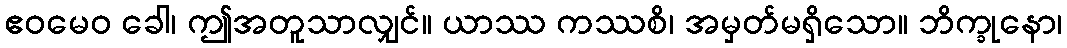
ဧဝမေဝ ခေါ၊ ဤအတူသာလျှင်။ ယာဿ ကဿစိ၊ အမှတ်မရှိသော။ ဘိက္ခုနော၊